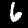
Digit: 6